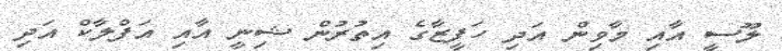
ލޫސީ އާއި މާވިން އަދި ހަފީޒާގެ އިތުރުން ޝިނީ އާއި އަފްލާކް އަދި